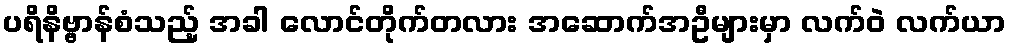
ပရိနိဗ္ဗာန်စံသည့် အခါ လောင်တိုက်တလား အဆောက်အဦများမှာ လက်ဝဲ လက်ယာ